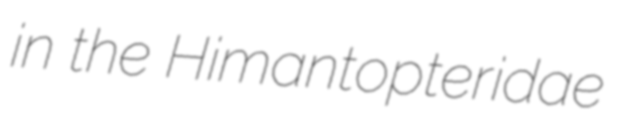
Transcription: in the Himantopteridae